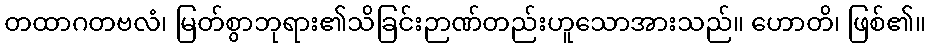
တထာဂတဗလံ၊ မြတ်စွာဘုရား၏သိခြင်းဉာဏ်တည်းဟူသောအားသည်။ ဟောတိ၊ ဖြစ်၏။